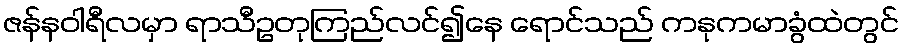
ဇန်နဝါရီလမှာ ရာသီဥတုကြည်လင်၍နေ ရောင်သည် ကနုကမာခွံထဲတွင်